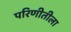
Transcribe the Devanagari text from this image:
परिणीतीला